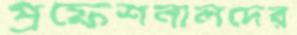
প্রফেশনালদের